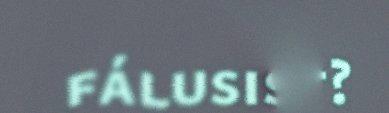
fálusist?